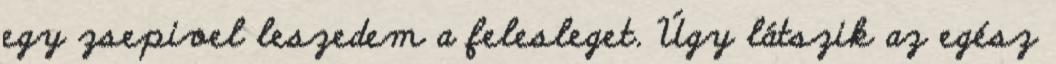
egy zsepivel leszedem a felesleget. Úgy látszik az egész